Lunatic asylums Madras 1892-1911 - 1892-1911
Year: 1892
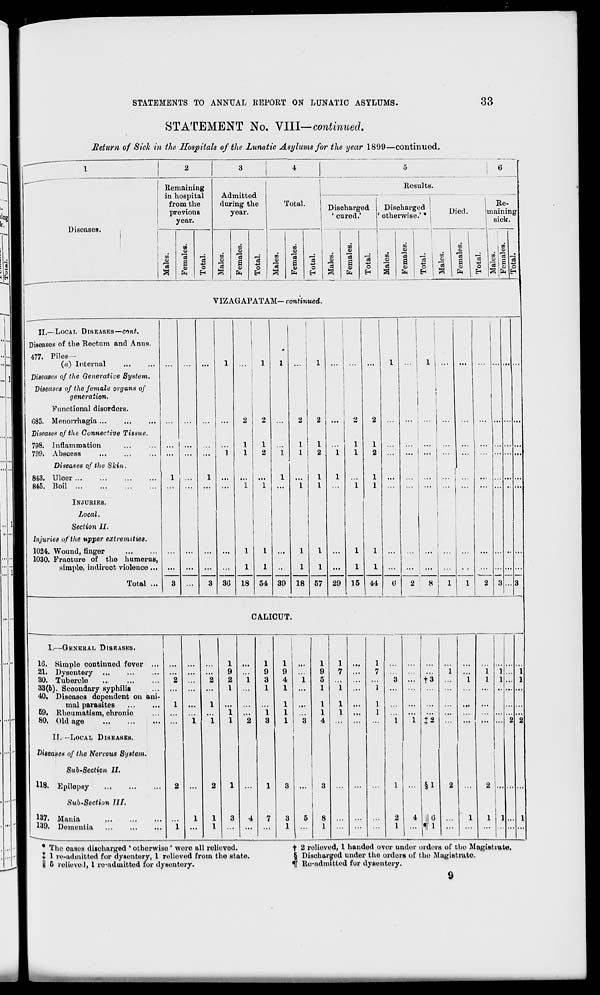
STATEMENTS TO ANNUAL REPORT ON LUNATIC ASYLUMS.
33
STATEMENT No. VIII— continued.
Return of Sick in the Hospitals of the Lunatic Asylums for the year 1899—continued.
5
Diseases.
Remaining
in hospital
from the
previous
year.
3
ID
S
c3
o
EH
Admitted
during the
year.
w
o>
3
CO
0>
-3
0
o
Total.
CO
3
00
0)
1 O
H
Results.
Discharged
' cured.'
U2
a
m
9
6H
Discharged
otherwise.' *
CO
O
CO
09
"3
a
01
Died.
_:
co
i ,2
CO
01
-3
a
01
o
EH
Re-
maimng
sick.
i
CO
0
co 3 j
w
3
R
CD o
w *H
VIZAGAPATAM- confirmed.
II.—LOCAL DISEASES—emit.
Diseases of the Rectum and Anus.
477. Piles—
(«) Internal
Diseases of the Generative System.
Diseases of the female organs of
generation.
Functional disorders.
085. Menorrhagia ...
Diseases of the Connective Tissue.
798. inflammation
799. Abscess
Diseases of the Slcin.
843. Uloer
845. Boil
INJURIES.
Local.
Section II.
Injuries of the upper extremities.
1024. Wound, finger
1030. Fraoture of the humerus,
simple, indireot violence ...
Total ...
30 18 54 39 18
i 2
57 29 15 44
CALICUT.
I.—GENERAL DISEASES.
10. Simple contiuuod fever ...
21. Dvsontery
30. Tubercle
33(6). Seoondary syphilis
40. Disoasos dependent on ani-
mal parasites
59, Rheumatism, chronic
80. Old age
II,—LOCAL DISEASES.
Diseases of the Nervous System.
Sub-Section II.
118. Epilepsy
Sub-Section III.
^37. Mania
130. Dementia
1
9
2
I
1
9
4
1
1
1
l
l
9
5
1
1
1
<t
!
1
2
t3
§1
.. in
2 !.
..
* The eases discharged ' othorwiso ' wore all relieved.
t 1 re-admitted for dysentery, 1 roliovod from the state.
U 5 relieved) l readmitted for dysentery.
f 2 roliovod, 1 handed over under orders of tho Magistrate.
§ Discharged under tho orders of tho Magistrate.
If Re-udinittod for dysentery.
9